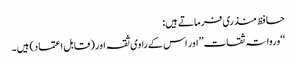
حافظ منذری فرماتے ہیں:
‘‘ورواتہ ثقات’’اور اس کے راوی ثقہ اور (قابل اعتماد) ہیں۔